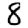
Digit: 8